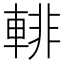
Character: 輫